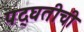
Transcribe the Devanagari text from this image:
पद्घतीची